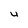
Character: 4